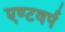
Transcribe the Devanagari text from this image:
एण्टवर्प